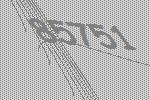
85751